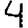
Digit: 4